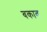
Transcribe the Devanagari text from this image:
बकाव